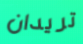
تريدان